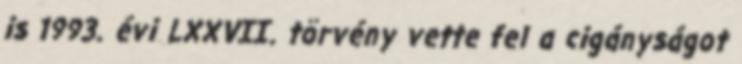
is 1993. évi LXXVII. törvény vette fel a cigányságot